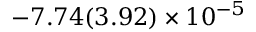
- 7 . 7 4 ( 3 . 9 2 ) \times 1 0 ^ { - 5 }